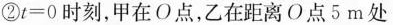
②$$t=0$$时刻，甲在O点，乙在距离O点5m处